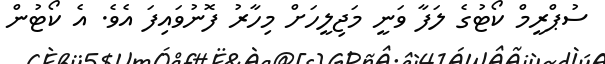
ސުޕްރީމް ކޯޓުގެ ލަފާ ވަނީ މަޖިލީހަށް މިހާރު ފޮނުވައިފަ އެވެ. އެ ކޯޓުން